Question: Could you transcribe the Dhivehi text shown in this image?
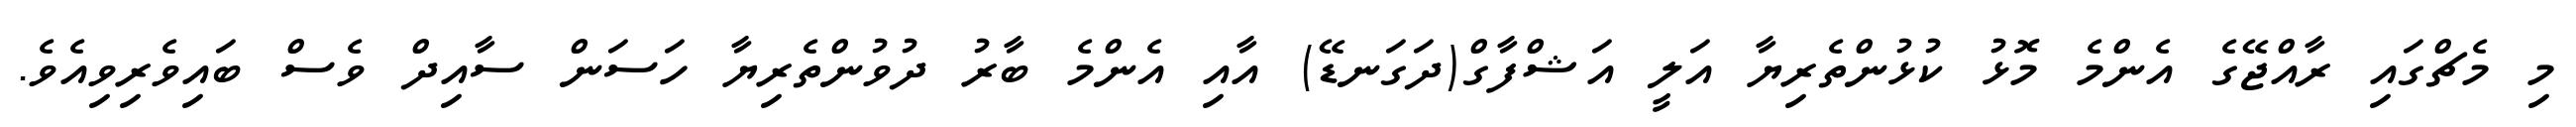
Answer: މި މެޗްގައި ރާއްޖޭގެ އެންމެ މޮޅު ކުޅުންތެރިޔާ އަލީ އަޝްފާގް(ދަގަނޑޭ) އާއި އެންމެ ބާރު ދުވުންތެރިޔާ ހަސަން ސާއިދް ވެސް ބައިވެރިވިއެވެ.